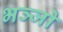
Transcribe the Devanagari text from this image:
भञ्जो